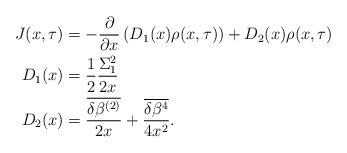
LaTeX: \begin{align*} J(x,\tau)&=-\frac{\partial}{\partial x}\left(D_1(x)\rho(x,\tau)\right)+D_2(x)\rho(x,\tau)\\ D_1(x)&=\frac{1}{2}\frac{\Sigma_1^2}{2x}\\ D_2(x)&=\frac{\overline{\delta\beta^{(2)}}}{2x}+\frac{\overline{\delta \beta^{4}}}{4x^2}.\end{align*}